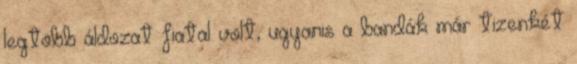
legtöbb áldozat fiatal volt, ugyanis a bandák már tizenkét